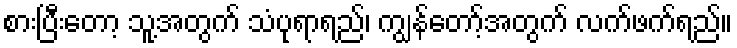
စားပြီးတော့ သူ့အတွက် သံပုရာရည်၊ ကျွန်တော့်အတွက် လက်ဖက်ရည်။